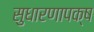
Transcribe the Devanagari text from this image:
सुधारणापक्ष